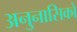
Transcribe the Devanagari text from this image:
अनुनासिकों